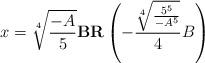
LaTeX: \begin{align*}x=\sqrt[4]{\frac{-A}{5}}\textbf{BR}\left(-\frac{\sqrt[4]{\frac{5^5}{-A^5}}}{4}B\right)\end{align*}